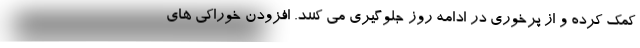
کمک کرده و از پرخوری در ادامه روز جلوگیری می کنند. افزودن خوراکی های